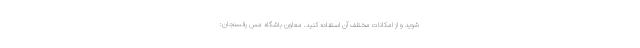
شوید و از امکانات مختلف آن استفاده کنید. معاون باشگاه مس رفسنجان: